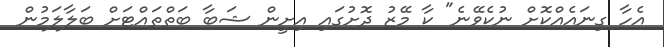
އެހާ ގިނައެއްކޮށް ނުކެވޭނެ" ކާ މޭޒު ދޮށުގައި އިށީން ޝަބާ ބަތްތައްޓަށް ބަލާލަމުން